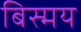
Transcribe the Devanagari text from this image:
बिस्मय